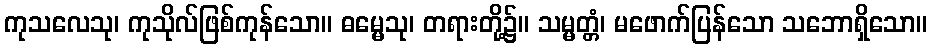
ကုသလေသု၊ ကုသိုလ်ဖြစ်ကုန်သော။ ဓမ္မေသု၊ တရားတို့၌။ သမ္မတ္တံ၊ မဖောက်ပြန်သော သဘောရှိသော။